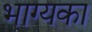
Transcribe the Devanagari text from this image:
भाग्यका